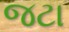
જટા